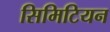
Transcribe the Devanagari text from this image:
सिमिटियन